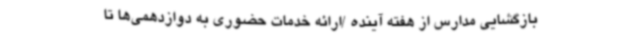
بازگشایی مدارس از هفته آینده /ارائه خدمات حضوری به دوازدهمی‌ها تا